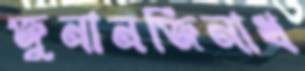
জুনানজিনাধ